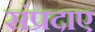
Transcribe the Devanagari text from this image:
संप्रदाए